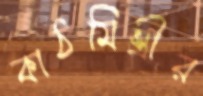
কাঠমিস্ত্রীর